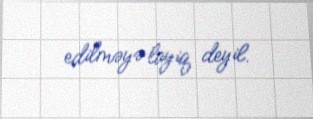
edilməyə layiq deyil.